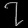
Digit: ၇